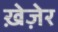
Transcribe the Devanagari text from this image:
ख़ेज़ेर